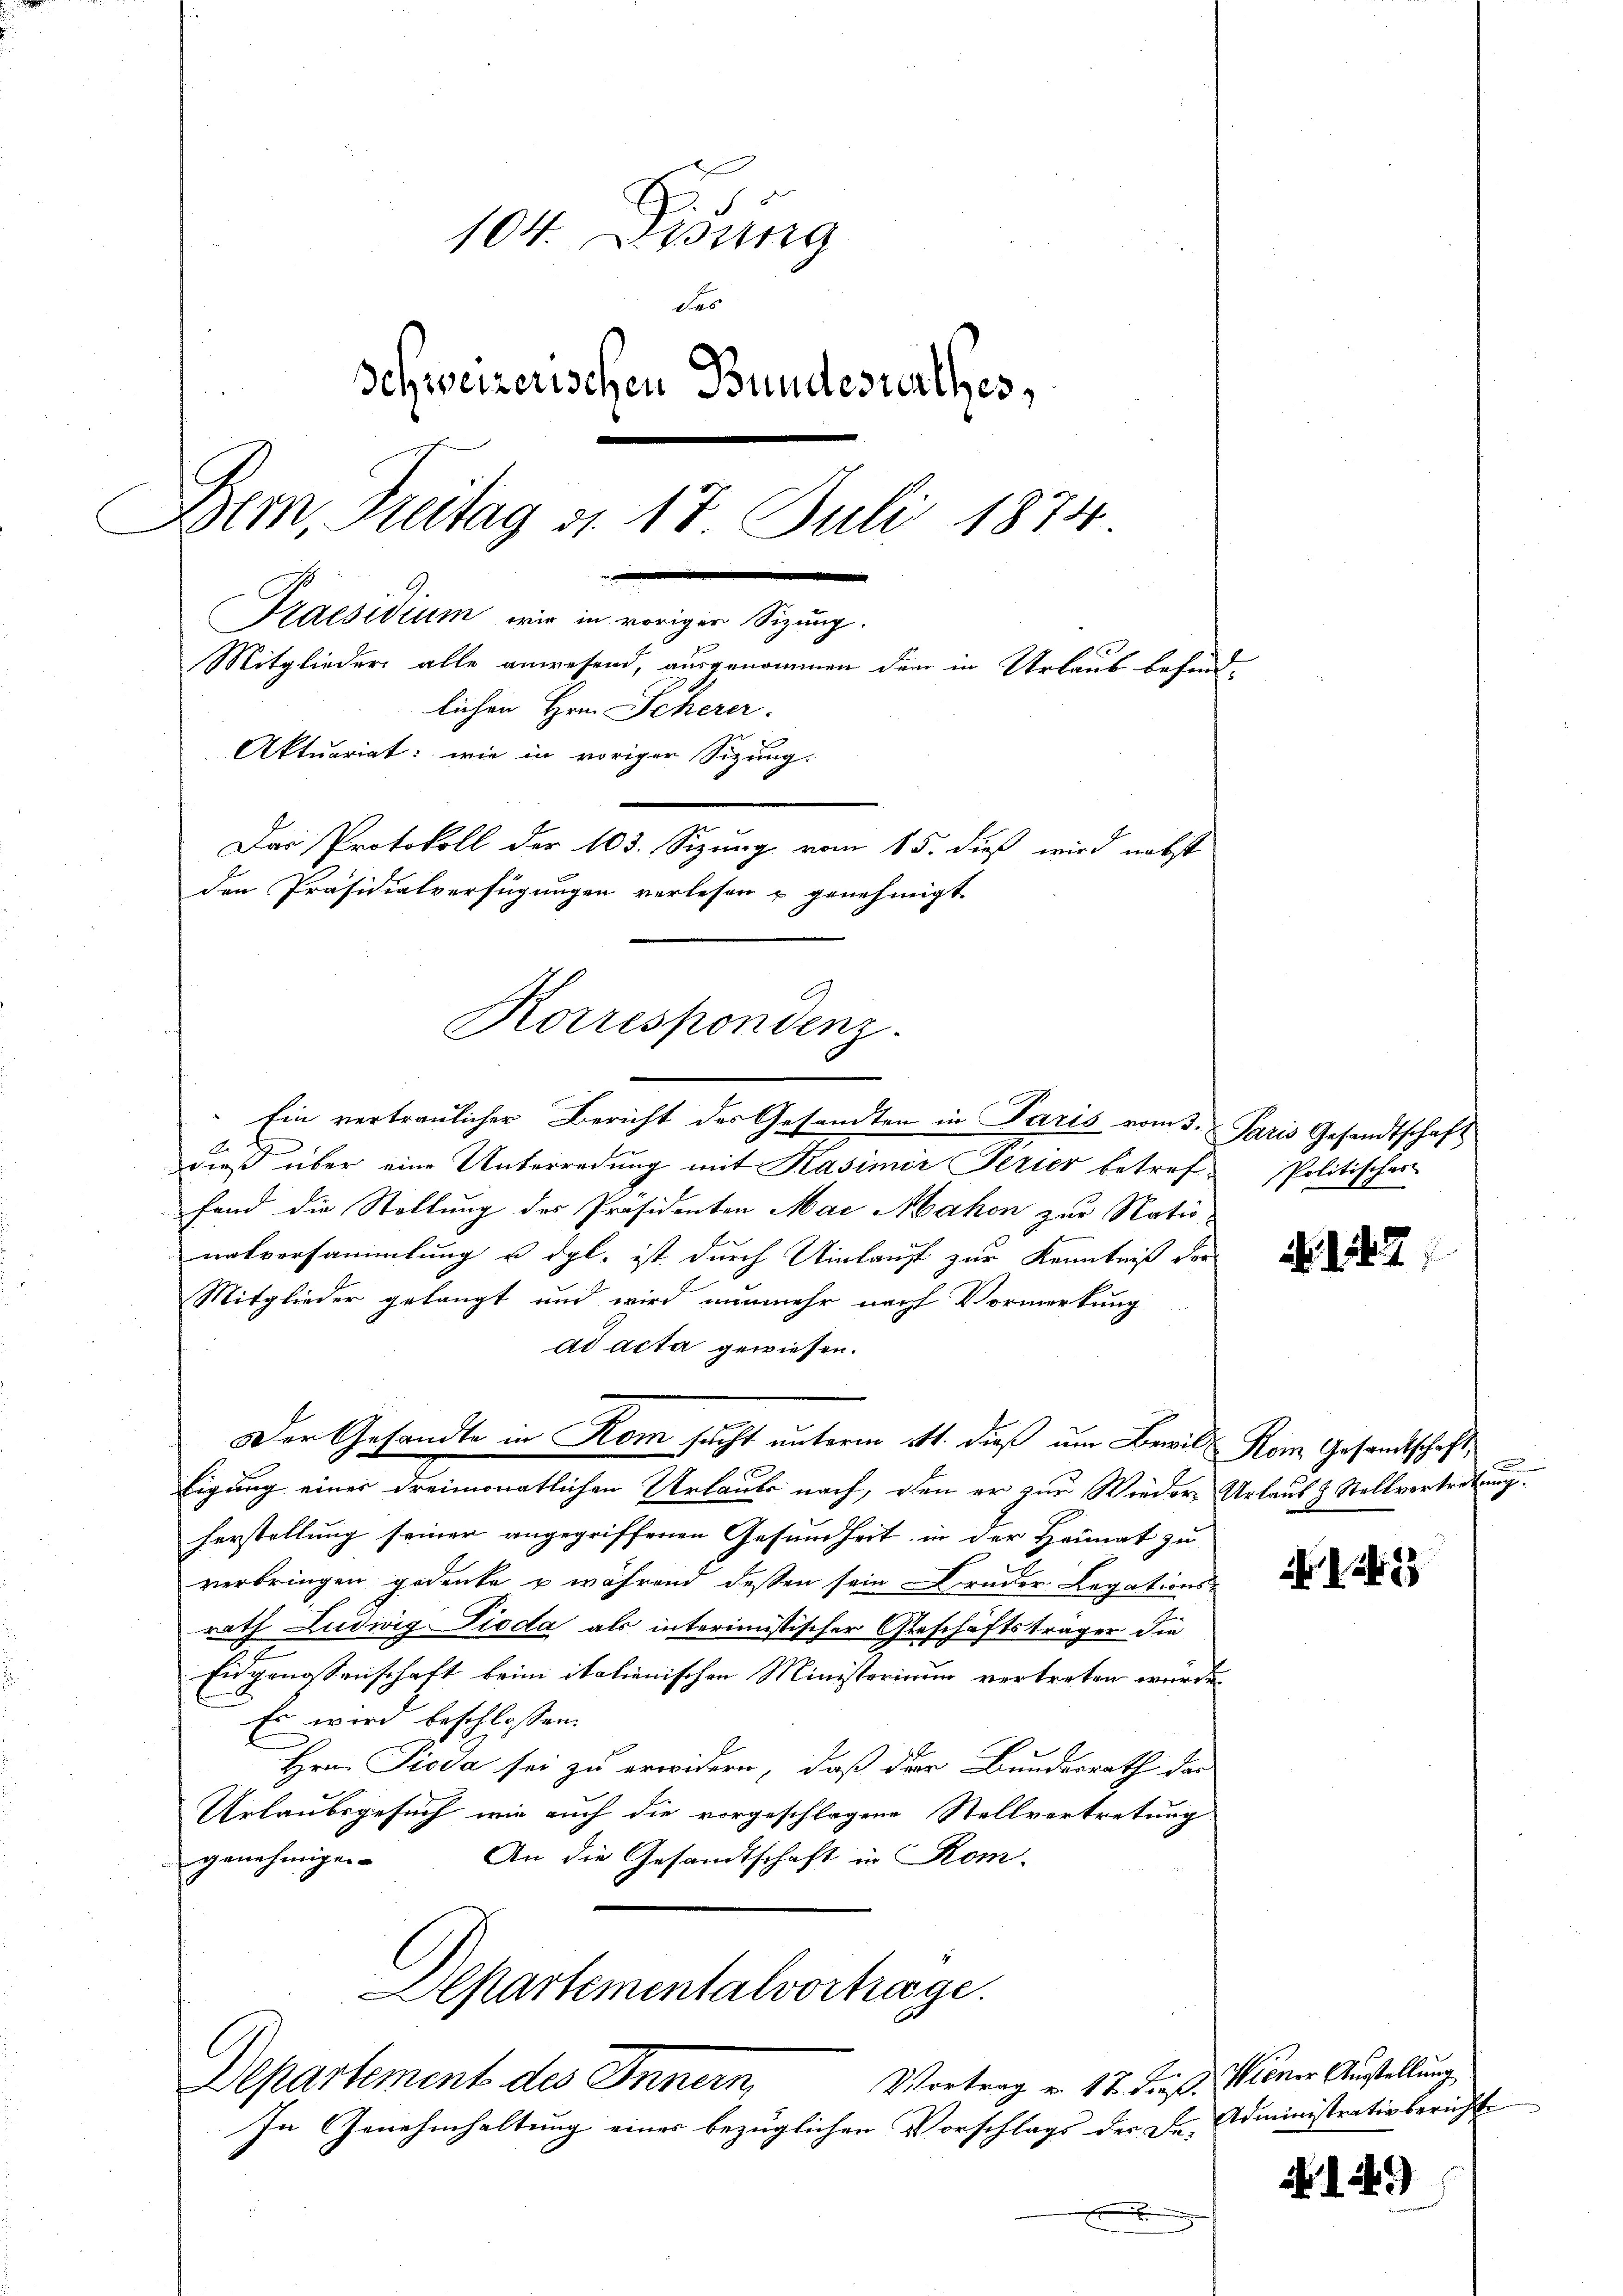
104. Disung
das
Schweizerischen Bundesrathes,
Dem, Freitag d. 17 Juli 1874
d
Praesidium wir in voriger Sizung.
Mitglieder alle anwesend, ausgenommen den in Urlaub befindlichen Hrn. Scherer.
Aktuariat: wie in voriger Sizung.
Das Protokoll der 103. Sizung vom 15. dieß wird nebst
den Präsidialverfügungen verlesen u genehmigt

Ein vertraulicher Bericht des Gesandten in Paris vom 3. Paris Gesandtschaft
dieß über eine Unterredung mit Kasimir Serier betreffand die Stellung des Präsidenten Mai Mahon zur Nationatversammlung u. dgl. ist durch Uinkauft zur Kenntniß der
Mitglieder gelangt und wird nunmehr nach Vormerkung
ad acta gewiesen.
Der Gesandte in Rom sucht unterm 4t. dieß um Bewil Kom Gesandtschaft
tigung einer dreimonatlichen Urlaube nach, den er zur Wieder Urlaub & Stellvertretung.
herstellung seiner angegriffenen Gesundheit, in der Heimat zu
verbringen gedenke u während dessen sein Bruder Legations-
rath Ludwig Pioda als interimistischer Geschäftsträger die
Eidgenossenschaft beim italienischen Ministorium vertreten würde.
Es wird beschlossen:
Hrn. Pioda sei zu erwidern, daß der Bundesrath das
Urlaubsgesuch wie auch die vorgeschlagene Stellvertretung
An die Gesandtschaft in Rom.
genehmigen.
Departementalvortrage.
Vortrag v. 17 dieß. Wiener Ausstellung
Departement des Innern,
In Genehmhaltung eines bezüglichen Vorschlags der Dr. Administrativbericht
e

Korrespondenz.

Politischer

142.

242

1.)